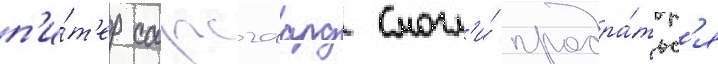
п'и́т'ер сарсгаард смогл'и́ продра́тьс'я